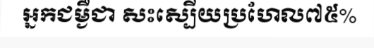
អ្នកជម្ងឺជា សះស្បើយប្រហែល៧៥%